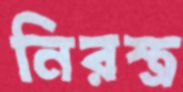
নিরস্ত্র